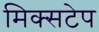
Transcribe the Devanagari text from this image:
मिक्सटेप